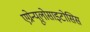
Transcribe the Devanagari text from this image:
एग्रेन्यूलोसाइटोसिस